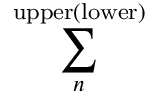
\sum _ { n } ^ { \mathrm { u p p e r ( l o w e r ) } }